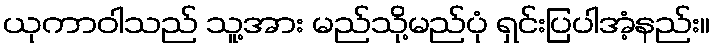
ယုကာဝါသည် သူ့အား မည်သို့မည်ပုံ ရှင်းပြပါအံ့နည်း။